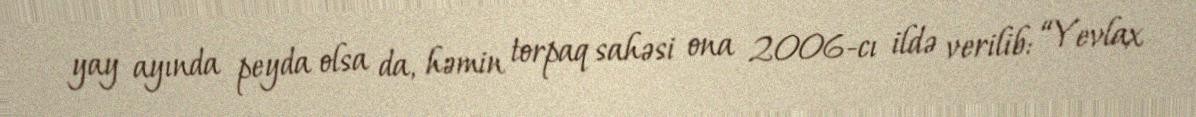
yay ayında peyda olsa da, həmin torpaq sahəsi ona 2006-cı ildə verilib: “Yevlax